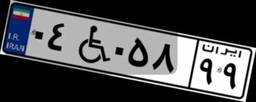
۰۴W۰۵۸۹۹